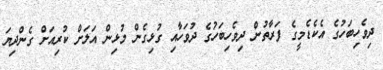
ދިވެހިބަހުގެ އެކެޑެމީގެ ފަރާތުން ދިވެހިބަހުގެ ދުވަހާއި ގުޅިގެން މުޅިން އަލަށް ކުރިއަށް ގެންދިޔަ